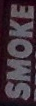
SMOKE